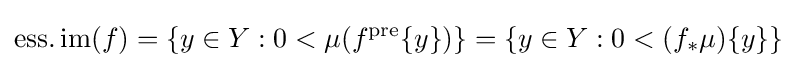
\operatorname {ess.im} (f)=\{y\in Y:0<\mu (f^{\text{pre}}\{y\})\}=\{y\in Y:0<(f_{*}\mu )\{y\}\}